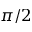
\pi / 2